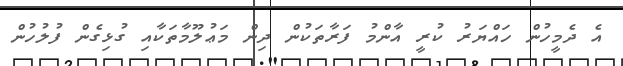
އެ ދެމީހުން ހައްޔަރު ކުރީ އާންމު ފަރާތަކުން ދިން މަޢުލޫމާތަކާއި ގުޅިގެން ފުލުހުން